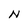
Character: N